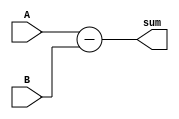
`timescale 1ns / 1ps
//////////////////////////////////////////////////////////////////////////////////
// Company: 
// Engineer: 
// 
// Design Name: 
// Module Name:    adder 
// Project Name: 
// Target Devices: 
// Tool versions: 
// Description: 
//
// Dependencies: 
//
// Revision: 
// Revision 0.01 - File Created
// Additional Comments: 
//
//////////////////////////////////////////////////////////////////////////////////
module GenericSubtractor(A,B,sum);

parameter Abitwidth=21;
parameter Bbitwidth=21;
parameter Sbitwidth=22;

input[Abitwidth-1:0] A;
input[Bbitwidth-1:0] B;

output reg[Sbitwidth-1:0] sum;

always@(A or B)begin

	sum = A - B;

end

endmodule